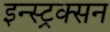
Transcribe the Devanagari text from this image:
इन्स्ट्रक्सन